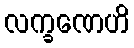
လက္ခဏေဟိ